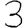
Digit: 3